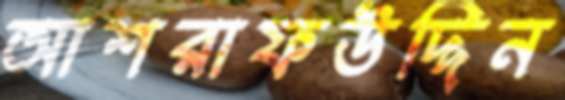
আশরাফউদ্দিন